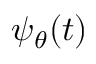
\, \psi _ { \theta } ( t )